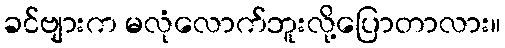
ခင်ဗျားက မလုံလောက်ဘူးလို့ပြောတာလား။